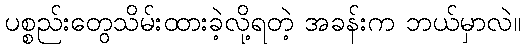
ပစ္စည်းတွေသိမ်းထားခဲ့လို့ရတဲ့ အခန်းက ဘယ်မှာလဲ။